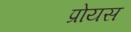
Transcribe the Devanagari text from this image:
प्रोयस